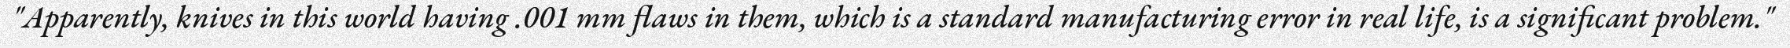
"Apparently, knives in this world having .001 mm flaws in them, which is a standard manufacturing error in real life, is a significant problem."